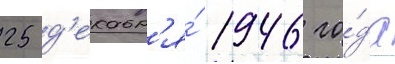
25 д'екабр'я́ 1946 го́да